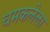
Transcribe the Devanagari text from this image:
चमकलेला